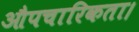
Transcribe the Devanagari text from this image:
औपचारिकता।